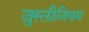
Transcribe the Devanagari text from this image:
जुस्लीनियन